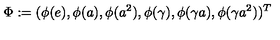
\Phi : = ( \phi ( e ) , \phi ( a ) , \phi ( a ^ { 2 } ) , \phi ( \gamma ) , \phi ( \gamma a ) , \phi ( \gamma a ^ { 2 } ) ) ^ { T }